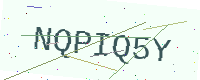
Text: NQPIQ5Y